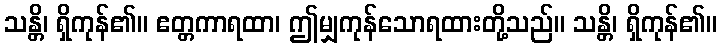
သန္တိ၊ ရှိကုန်၏။ ဧတ္တကာရထာ၊ ဤမျှကုန်သောရထားတို့သည်။ သန္တိ၊ ရှိကုန်၏။